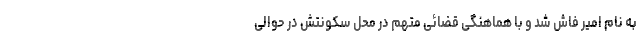
به نام امیر فاش شد و با هماهنگی قضائی متهم در محل سکونتش در حوالی